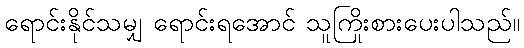
ရောင်းနိုင်သမျှ ရောင်းရအောင် သူကြိုးစားပေးပါသည်။